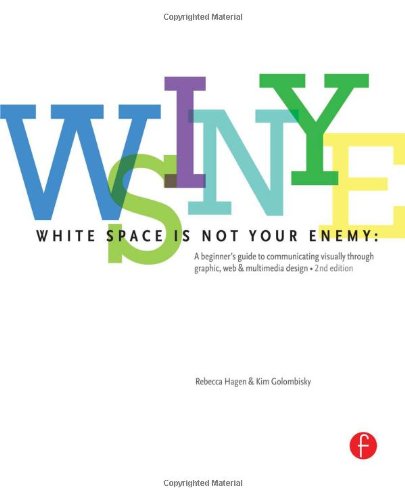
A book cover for White Space is Not Your Enemy: A Beginner's Guide to Communicating Visually through Graphic, Web & Multimedia Design; Kim Golombisky; Computers & Technology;